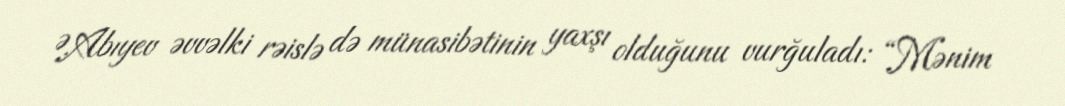
Ə.Abıyev əvvəlki rəislə də münasibətinin yaxşı olduğunu vurğuladı: “Mənim